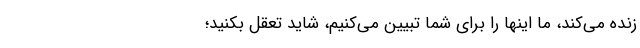
زنده می‌کند، ما اینها را برای شما تبیین می‌کنیم، شاید تعقل بکنید؛